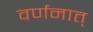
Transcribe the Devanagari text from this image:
वर्णनात्